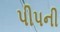
પીપની